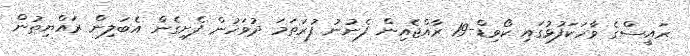
ރައީސްގެ ވާހަކަފުޅުގައި ކޯވިޑް-19 ރާއްޖެއިން ފެނުނު ފުރަތަމަ ދުވަހުން ފެށިގެން އެބަލިން ރައްޔިތުން